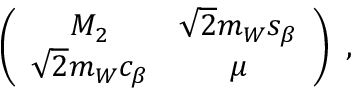
\left( \begin{array} { c c } { { M _ { 2 } } } & { { \sqrt { 2 } m _ { W } s _ { \beta } } } \\ { { \sqrt { 2 } m _ { W } c _ { \beta } } } & { { \mu } } \end{array} \right) \ ,